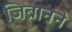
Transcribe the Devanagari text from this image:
जिब्रानने